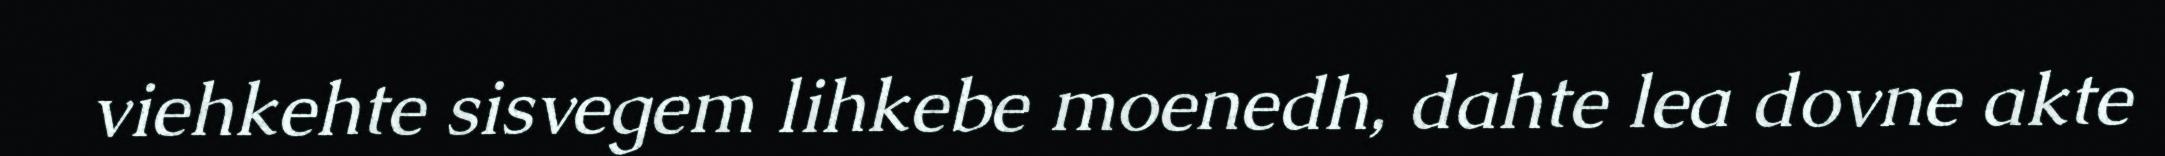
viehkehte sisvegem lihkebe moenedh, dahte lea dovne akte